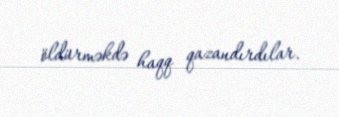
öldürməkdə haqq qazandırdılar.